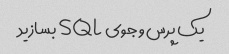
یک پرس و جوی SQL بسازید